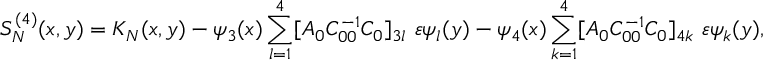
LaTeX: S _ { N } ^ { ( 4 ) } ( x , y ) = K _ { N } ( x , y ) - \psi _ { 3 } ( x ) \sum _ { l = 1 } ^ { 4 } [ A _ { 0 } C _ { 0 0 } ^ { - 1 } C _ { 0 } ] _ { 3 l } \ \varepsilon \psi _ { l } ( y ) - \psi _ { 4 } ( x ) \sum _ { k = 1 } ^ { 4 } [ A _ { 0 } C _ { 0 0 } ^ { - 1 } C _ { 0 } ] _ { 4 k } \ \varepsilon \psi _ { k } ( y ) ,